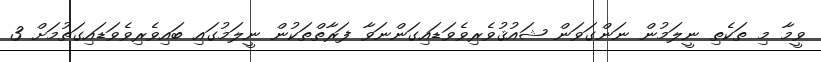
ވީމާ މި ތަކެތި ނީލަމުން ނަންގަވަން ޝައުޤުވެރިވެވަޑައިގަންނަވާ ފަރާތްތަކުން ނީލަމުގައި ބައިވެރިވެވަޑައިގަތުމަށް 3